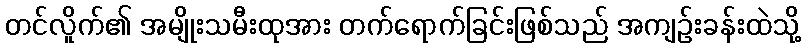
တင်လိူက်၏ အမျိုးသမီးထုအား တက်ရောက်ခြင်းဖြစ်သည် အကျဉ်းခန်းထဲသို့